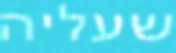
שעליה